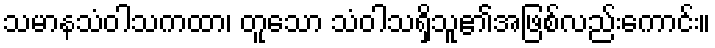
သမာနသံဝါသကထာ၊ တူသော သံဝါသရှိသူ၏အဖြစ်လည်းကောင်း။